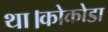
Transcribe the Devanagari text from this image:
था।कोकोडा